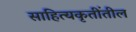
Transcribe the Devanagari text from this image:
साहित्यकृतींतील